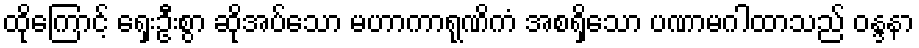
ထိုကြောင့် ရှေးဦးစွာ ဆိုအပ်သော မဟာကာရုဏိကံ အစရှိသော ပဏာမဂါထာသည် ဝန္ဒနာ